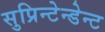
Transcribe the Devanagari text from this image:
सुप्रिन्टेन्डेन्ट